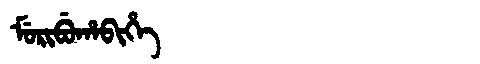
Manchu: ᠮᡠᡵᡳᠪᡠᡥᠠᠪᡳᡥᡝ
Romanization: MURIBUHABIHE